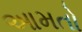
આમતો